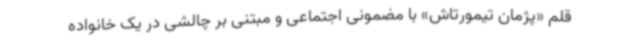
قلم «پژمان تیمورتاش» با مضمونی اجتماعی و مبتنی بر چالشی در یک خانواده